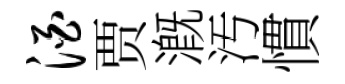
酒贾溉汚慣